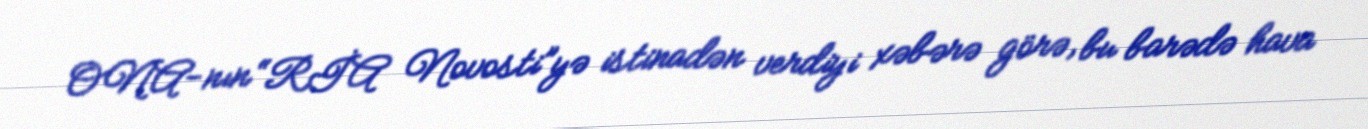
ONA-nın “RİA Novosti”yə istinadən verdiyi xəbərə görə, bu barədə hava